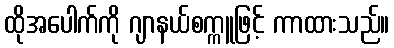
ထိုအပေါက်ကို ဂျာနယ်စက္ကူဖြင့် ကာထားသည်။